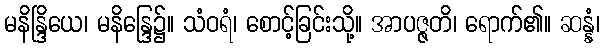
မနိန္ဒြိယေ၊ မနိန္ဒြေ၌။ သံဝရံ၊ စောင့်ခြင်းသို့။ အာပဇ္ဇတိ၊ ရောက်၏။ ဆန္နံ၊